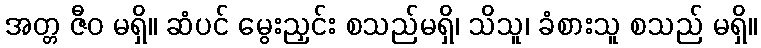
အတ္တ ဇီဝ မရှိ။ ဆံပင် မွေးညှင်း စသည်မရှိ၊ သိသူ၊ ခံစားသူ စသည် မရှိ။